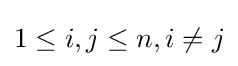
1\leq i,j\leq n,i\neq j